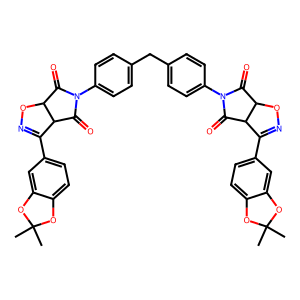
SMILES: CC1(C)Oc2ccc(C3=NOC4C(=O)N(c5ccc(Cc6ccc(N7C(=O)C8ON=C(c9ccc%10c(c9)OC(C)(C)O%10)C8C7=O)cc6)cc5)C(=O)C34)cc2O1
Inhibits HIV replication: No